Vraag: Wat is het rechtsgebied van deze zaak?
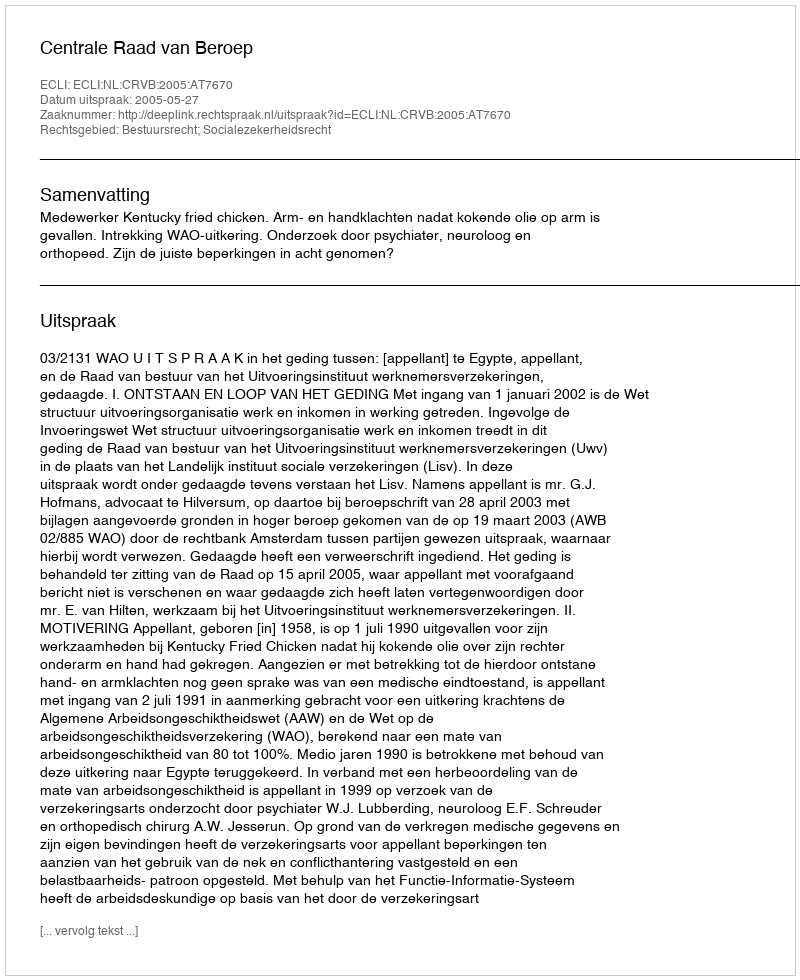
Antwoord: Bestuursrecht; Socialezekerheidsrecht